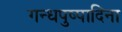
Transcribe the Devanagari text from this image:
गन्धपुष्पादिना